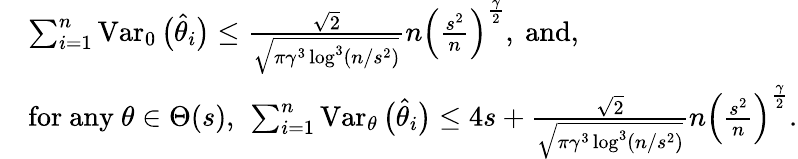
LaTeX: \begin{array}{rl}&{\sum_{i=1}^{n}\operatorname{Var}_{0}\big(\widehat\theta_{i}\big)\leq\frac{\sqrt{2}}{\sqrt{\pi\gamma^{3}\log^{3}(n/s^{2})}}n\Big(\frac{s^{2}}{n}\Big)^{\frac{\gamma}{2}},\mathrm{~and,}}\\ &{\mathrm{for~any~}\theta\in\Theta(s),\ \sum_{i=1}^{n}\operatorname{Var}_{\theta}\big(\widehat\theta_{i}\big)\leq 4s+\frac{\sqrt{2}}{\sqrt{\pi\gamma^{3}\log^{3}(n/s^{2})}}n\Big(\frac{s^{2}}{n}\Big)^{\frac{\gamma}{2}}.}\end{array}